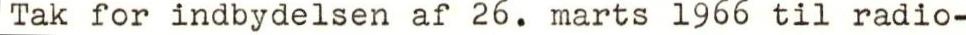
Tak for indbydelsen af 26. marts 1966 til radio-